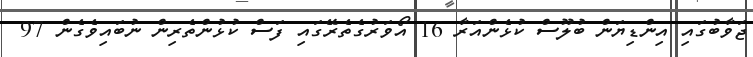
ޖަވާބުގައި އިންޑިޔަން ބުލޫސް ކުޅެންއަރާ 16 އޯވަރުގެތެރޭގައި ފަސް ކުޅުންތެރިން ނުބައިވެގެން 97